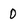
Character: 0